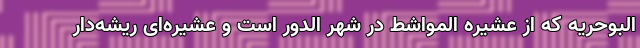
البوحریه که از عشیره المواشط در شهر الدور است و عشیره‌ای ریشه‌دار